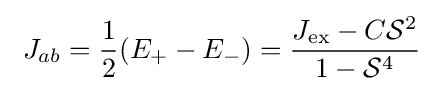
\ J_{ab}={\frac {1}{2}}(E_{+}-E_{-})={\frac {J_{\rm {ex}}-C{\mathcal {S}}^{2}}{1-{\mathcal {S}}^{4}}}